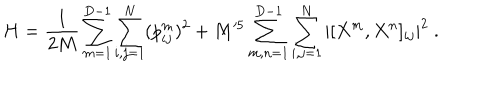
LaTeX: H = \frac { 1 } { 2 M } \sum _ { m = 1 } ^ { D - 1 } \sum _ { i , j = 1 } ^ { N } ( p _ { i j } ^ { m } ) ^ { 2 } + M ^ { 5 } \sum _ { m , n = 1 } ^ { D - 1 } \sum _ { i , j = 1 } ^ { N } | [ X ^ { m } , X ^ { n } ] _ { i j } | ^ { 2 } \ .